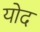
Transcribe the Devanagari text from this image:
योद